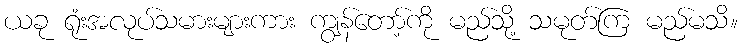
ယခု ရုံးအလုပ်သမားများကား ကျွန်တော့်ကို မည်သို့ သမုတ်ကြ မည်မသိ။